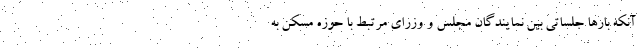
آنکه بارها جلساتی بین نمایندگان مجلس و وزرای مرتبط با حوزه مسکن به